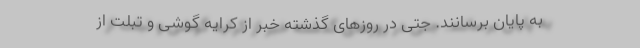
به پایان برسانند. جتی در روزهای گذشته خبر از کرایه گوشی و تبلت از